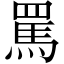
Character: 罵